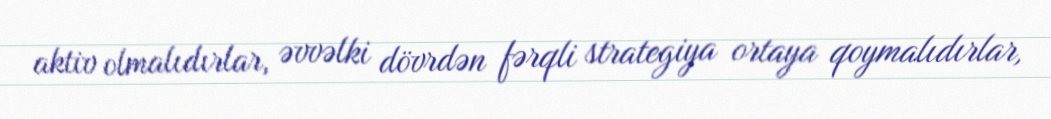
aktiv olmalıdırlar, əvvəlki dövrdən fərqli strategiya ortaya qoymalıdırlar,